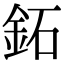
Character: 鉐